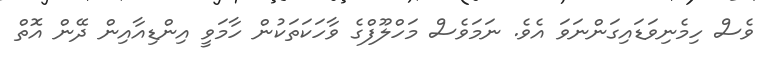
ވެސް ހިމެނިވަޑައިގަންނަވަ އެވެ. ނަމަވެސް މަހްލޫފްގެ ވާހަކަތަކުން ހާމަވީ އިންޑިއާއިން ދޭން އޮތް